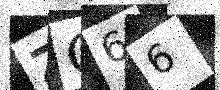
Text: ZC66